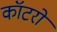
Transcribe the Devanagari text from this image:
कॉटरों